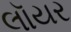
લૉયર